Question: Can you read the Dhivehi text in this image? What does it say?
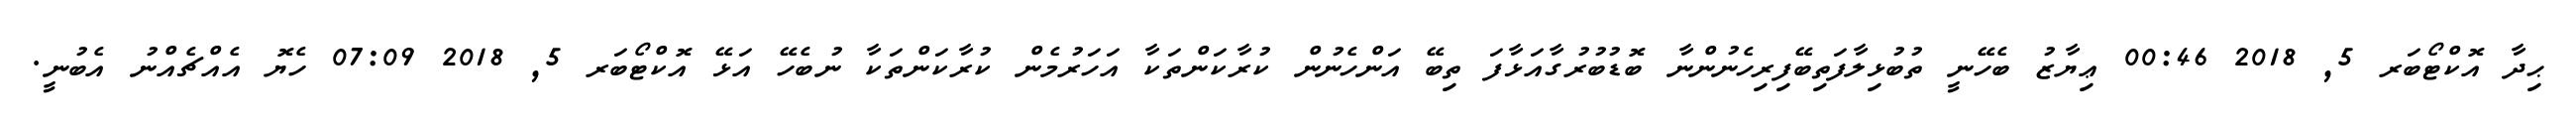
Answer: ޙިދާ އޮކްޓޯބަރ 5, 2018 00:46 ޢިޔާޒު ބެހޭނީ ތުބުޅިލާފަތިބޭފިރިހެނުންނާ ބޮޑުބުރުގާއަޅާފަ ތިބޭ އަންހެނުން ކުރާކަންތަކާ އަހަރުމެން ކުރާކަންތަކާ ނުބެހޭ އަޅޭ އޮކްޓޯބަރ 5, 2018 07:09 ހެޔޮ އެއްޗެއްނު އެބުނީ.